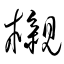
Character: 櫬